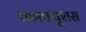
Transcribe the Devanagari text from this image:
कनफ्यूशस